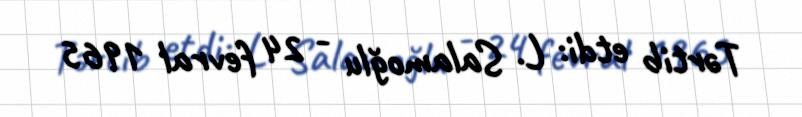
Tərtib etdi: L. Salamoğlu - 24 fevral 1965